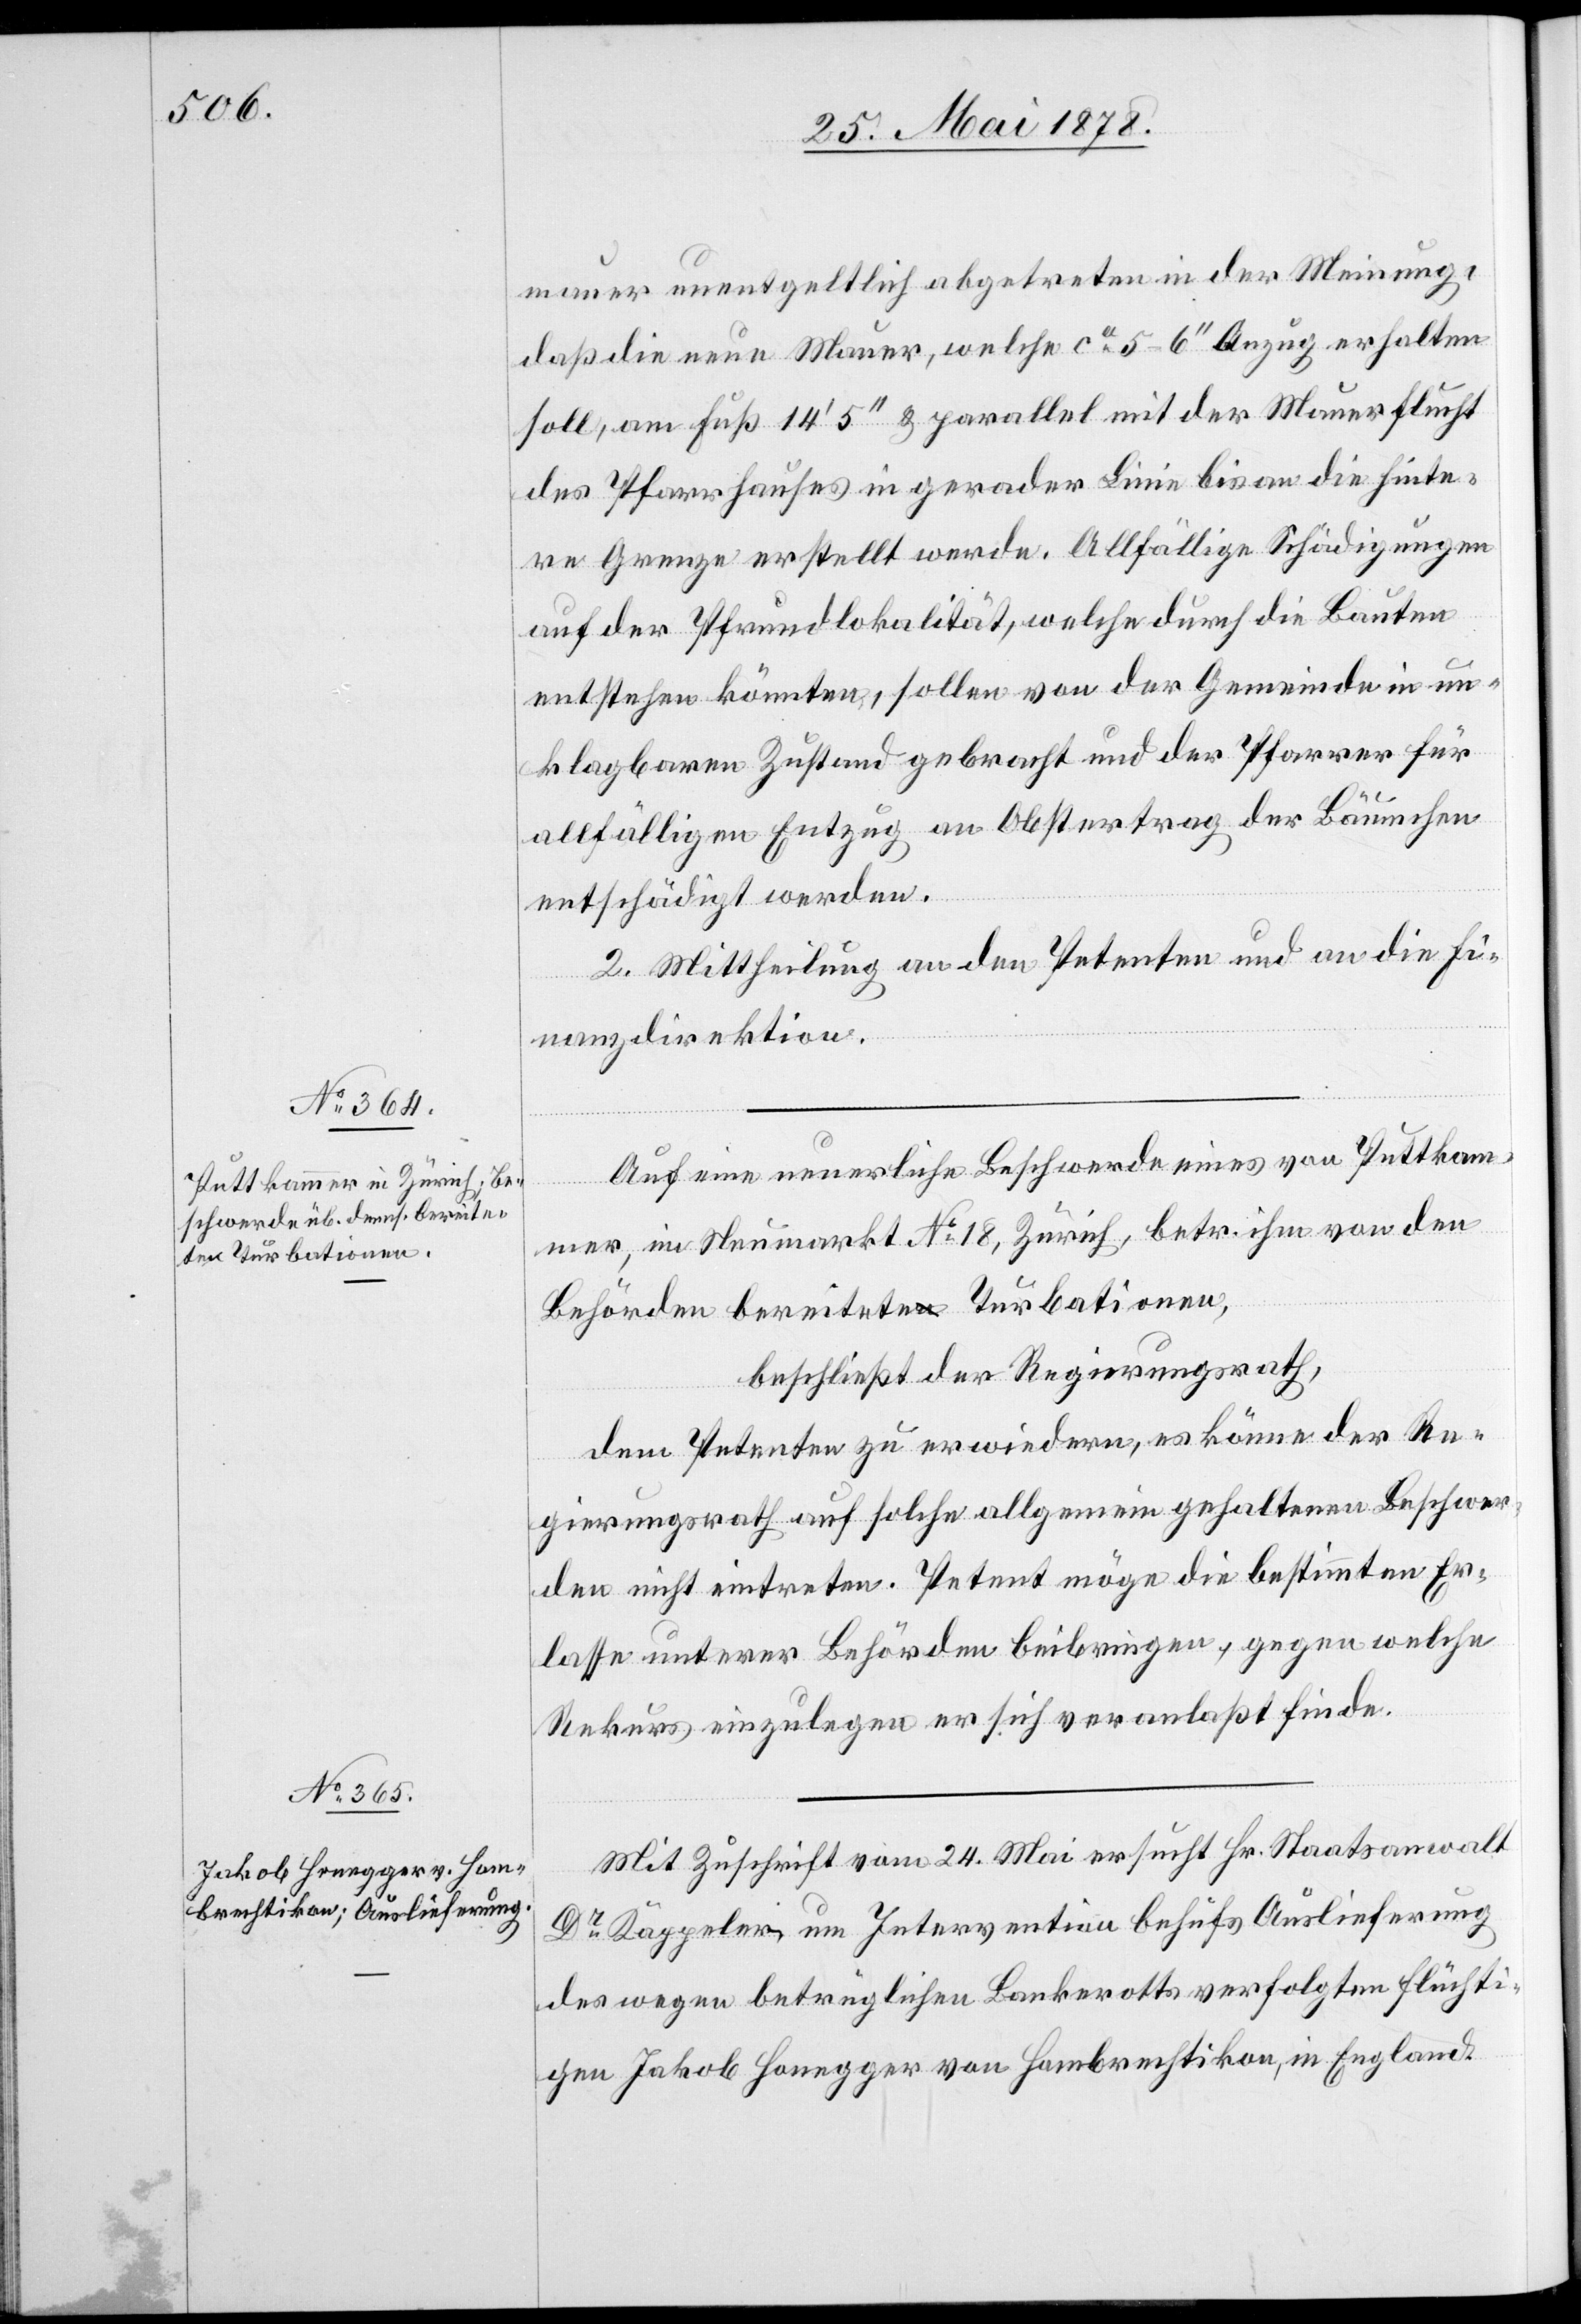
daß die neue Mauer, welche ca 5–6’’ Anzug erhalten
soll, am Fuß 14’ 5’’ & parallel mit der Mauerflucht
des Pfarrhauses in gerader Linie bis an die hinte¬
re Grenze erstellt werde. Allfällige Schädigungen
auf der Pfrundlokalität, welche durch die Bauten
entstehen könnten, sollen von der Gemeinde in un¬
klagbaren Zustand gebracht und der Pfarrer für
allfälligen Entzug an Obstertrag der Bäumchen
entschädigt werden.
2. Mittheilung an den Petenten und an die Fi¬
nanzdirektion.
der
Auf eine neuerliche Beschwerde eines von Puttkam¬
mer, im Neumarkt No 18, Zürich, betr. ihm von den
Behörden berichtete Turbationen,
beschließt der Regierungsrath,
dem Petenten zu erwiedern, es könne der Re¬
gierungsrath auf solche allgemein gehaltenen Beschwer¬
den nicht eintreten. Petent möge die bestimmten Er¬
lasse unterer Behörden beibringen, gegen welche
Rekurs einzulegen er sich veranlaßt finde.
Mit Zuschrift vom 24. Mai ersucht Hr. Staatsanwalt
Dr Käppeler um Intervention behufs Auslieferung
des wegen betrüglichen Bankerotts verfolgten flüchti¬
gen Jakob Honegger von Hombrechtikon, in England.